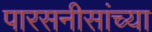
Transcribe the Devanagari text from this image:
पारसनीसांच्या